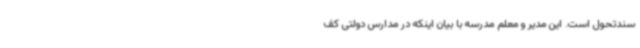
سندتحول است. این مدیر و معلم مدرسه با بیان اینکه در مدارس دولتی کف